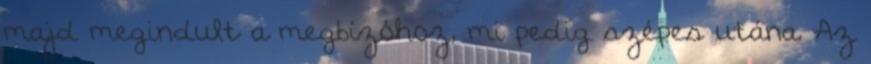
majd megindult a megbízóhoz, mi pedig szépes utána. Az